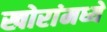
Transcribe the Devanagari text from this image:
खोरांमध्ये